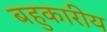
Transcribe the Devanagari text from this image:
बहुकारीय